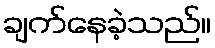
ချက်နေခဲ့သည်။